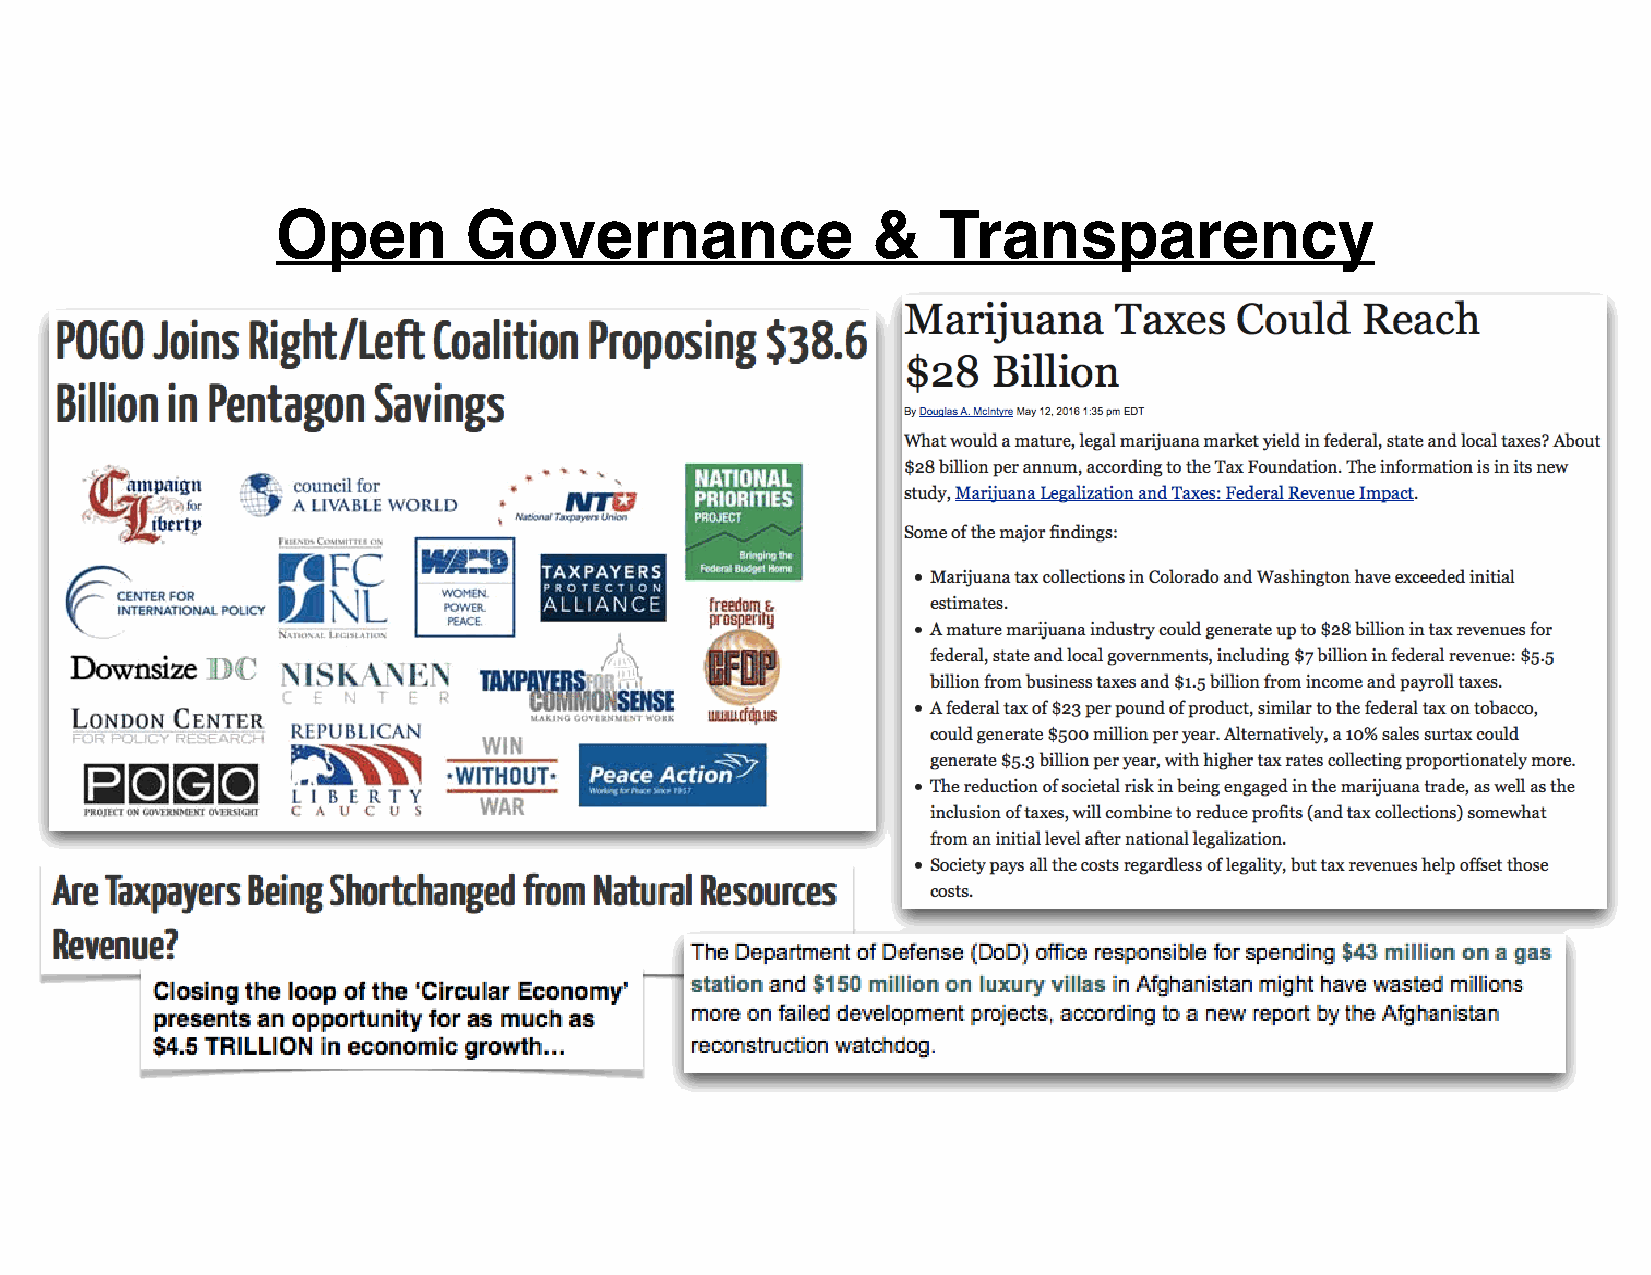
Open         Governance                 &   Transparency